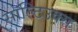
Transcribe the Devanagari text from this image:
सॉल्टिउक्स